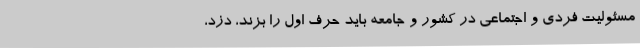
مسئولیت فردی و اجتماعی در کشور و جامعه باید حرف اول را بزند، دزد،